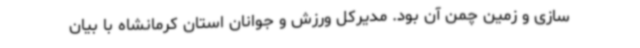
سازی و زمین چمن آن بود. مدیرکل ورزش و جوانان استان کرمانشاه با بیان